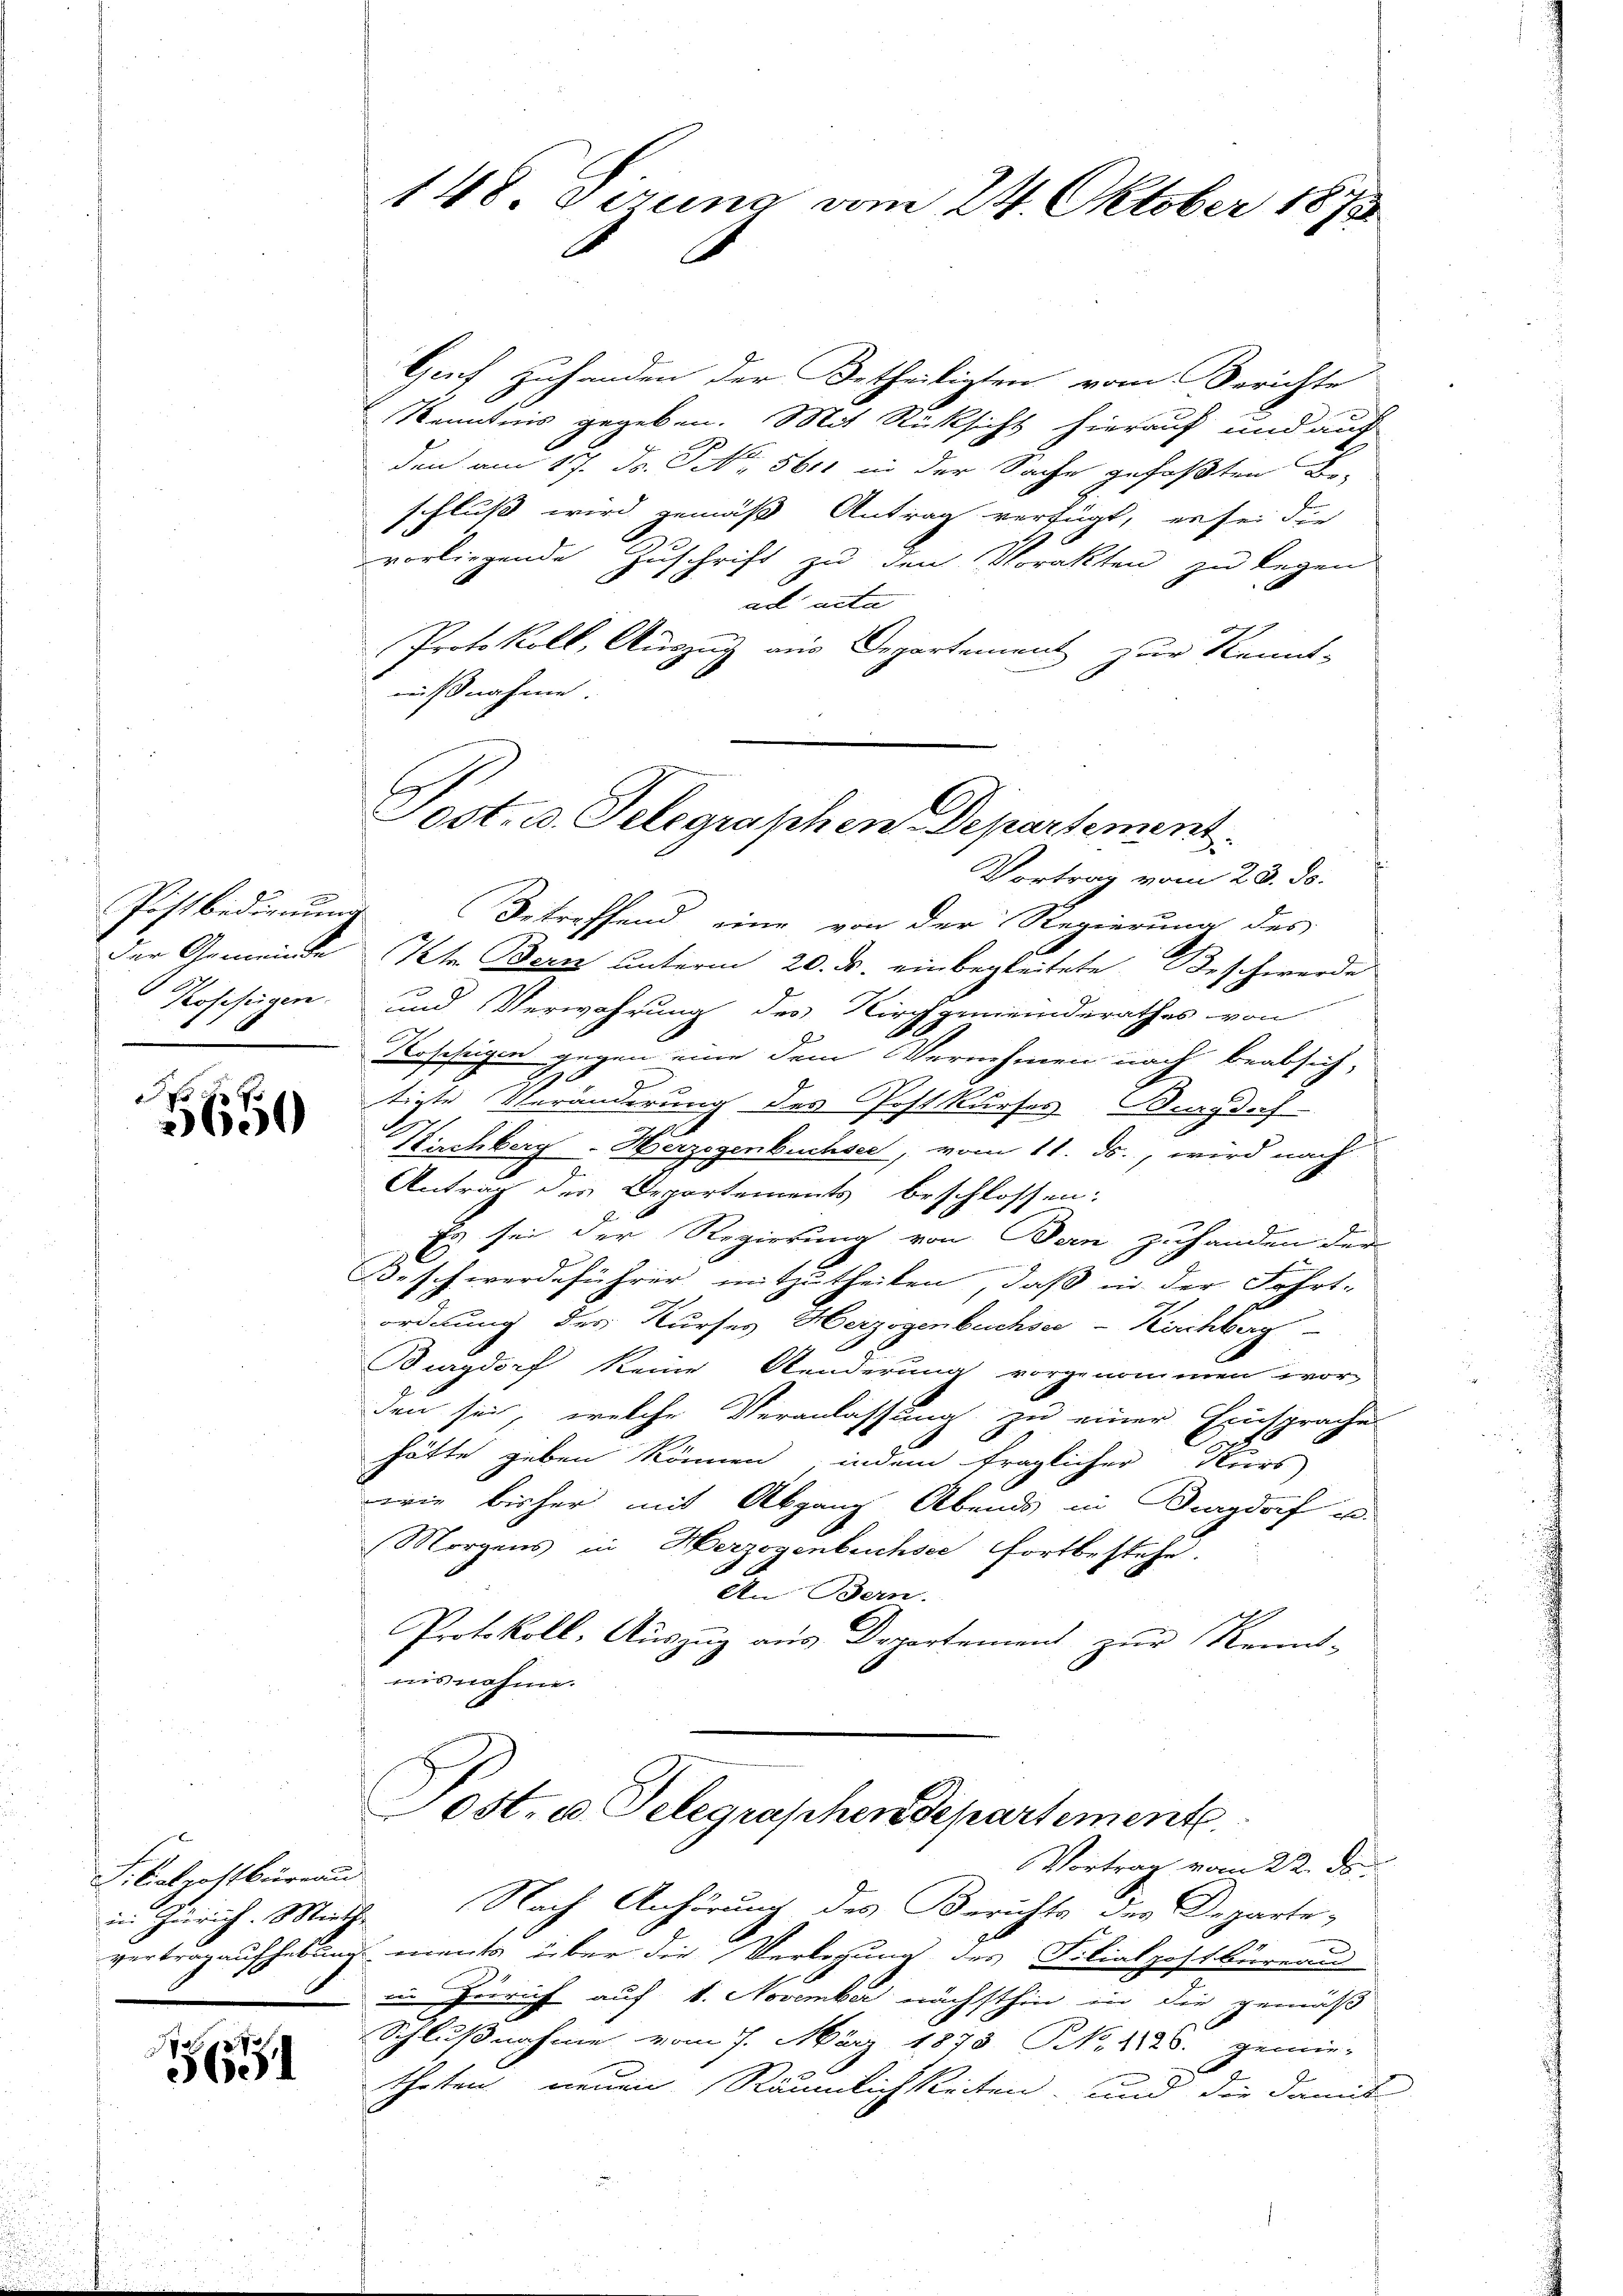
x
Der Gemeinde
Koheftigen.

o i
260

S. Calpostbüreau

5

148. Jerung vom 24. Oktober 1873

Genf Zuhanden der Betheiligten vom Berichte
Kenntnis gegeben. Mit Rücksicht hierauf und auf
den am 17. Dr. No. 5611 in der Sache gefaßten B
schluß wird gemäß Antrag verfügt, er sei der
vorliegende Zuschrift zu den Vorakten zu legen
ad acta
Protokoll, Auszug aus Departement zur Kennt-
mußnahme.
Postbedienung Betreffend eine von der Regierung des
Ite Bern unterm 20. ds. einbegleitete Beschwerde
und Verwahrung des Kirchgemeinderathes von
Roscheigen gegen eine dem Vernehmen nach beabsich,
tigte Veränderung des Postkurses Burgdoch
Kirchberg - Herzogenbuchsee, vom 11. ds., wird nach
Antrag des Departements beschlossen:
Es sei der Regierung von Bern zuhanden der
Beschwerdeführer mitzutheilen, daß in der Fahrt-
ordnung des Kurses Herzogenbuchsee-Kirchberg
Burgdorf keine Aenderung vorgenommen wor-
den sei, welche Veranlassung zu einer Einsprache
hätte geben können, indem fraglicher Kurs
wie bisher mit Abgang Abends in Burgdorf po-
Morgens in Herzogenbuchsee fortbestehe.
An Bern.
Protokoll, Auszug aus Departement zur Kennt-
nisnehme.
Post. u. Telegraphen Departement
Vortrag vom 22. de
in Zürich. Mirche Nach Anhörung des Berichts der Departe-
vertrag aufhebung ments über die Verlegung des Filialpostbüreau
u Zürich auf 1. November nächsthin in die gemäß
Schlußnahme vom 7. März 1873 N. 1125. gemie-
theten neuen Räumlichkeiten, und die damit

Post. v. Telegraphen Departement.
Vortrag vom 23. ds.